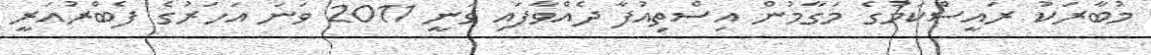
މުބާރަކު ރައީސްކަމުގެ މަގާމުން އިސްތިއުފާ ދެއްވާފައި ވަނީ 2011 ވަނަ އަހަރުގެ ފެބްރުއަރީ